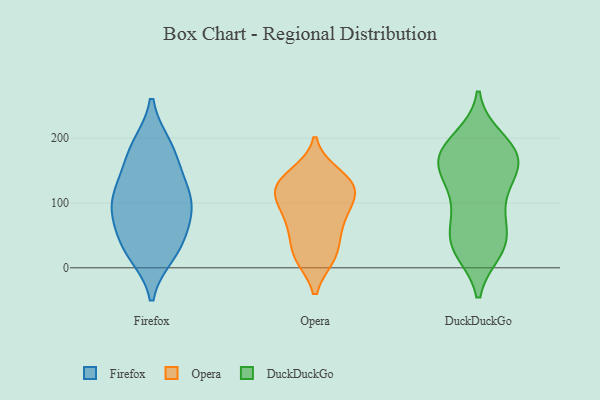
{"axis": {"x": "Latency (ms)", "y": "Value"}, "legend": ["DuckDuckGo", "Firefox", "Opera"], "data": [{"x": "", "y": 89, "type": "Firefox"}, {"x": "", "y": 139, "type": "Firefox"}, {"x": "", "y": 83, "type": "Firefox"}, {"x": "", "y": 106, "type": "Firefox"}, {"x": "", "y": 188, "type": "Firefox"}, {"x": "", "y": 22, "type": "Firefox"}, {"x": "", "y": 113, "type": "Firefox"}, {"x": "", "y": 35, "type": "Firefox"}, {"x": "", "y": 100, "type": "Firefox"}, {"x": "", "y": 161, "type": "Firefox"}, {"x": "", "y": 188, "type": "Firefox"}, {"x": "", "y": 55, "type": "Firefox"}, {"x": "", "y": 27, "type": "Firefox"}, {"x": "", "y": 106, "type": "Opera"}, {"x": "", "y": 18, "type": "Opera"}, {"x": "", "y": 57, "type": "Opera"}, {"x": "", "y": 80, "type": "Opera"}, {"x": "", "y": 127, "type": "Opera"}, {"x": "", "y": 17, "type": "Opera"}, {"x": "", "y": 124, "type": "Opera"}, {"x": "", "y": 144, "type": "Opera"}, {"x": "", "y": 18, "type": "Opera"}, {"x": "", "y": 112, "type": "Opera"}, {"x": "", "y": 88, "type": "Opera"}, {"x": "", "y": 137, "type": "Opera"}, {"x": "", "y": 126, "type": "Opera"}, {"x": "", "y": 59, "type": "Opera"}, {"x": "", "y": 164, "type": "DuckDuckGo"}, {"x": "", "y": 29, "type": "DuckDuckGo"}, {"x": "", "y": 175, "type": "DuckDuckGo"}, {"x": "", "y": 60, "type": "DuckDuckGo"}, {"x": "", "y": 136, "type": "DuckDuckGo"}, {"x": "", "y": 199, "type": "DuckDuckGo"}, {"x": "", "y": 163, "type": "DuckDuckGo"}, {"x": "", "y": 37, "type": "DuckDuckGo"}, {"x": "", "y": 151, "type": "DuckDuckGo"}, {"x": "", "y": 91, "type": "DuckDuckGo"}, {"x": "", "y": 27, "type": "DuckDuckGo"}, {"x": "", "y": 183, "type": "DuckDuckGo"}, {"x": "", "y": 194, "type": "DuckDuckGo"}, {"x": "", "y": 95, "type": "DuckDuckGo"}, {"x": "", "y": 46, "type": "DuckDuckGo"}, {"x": "", "y": 34, "type": "DuckDuckGo"}, {"x": "", "y": 162, "type": "DuckDuckGo"}, {"x": "", "y": 114, "type": "DuckDuckGo"}, {"x": "", "y": 164, "type": "DuckDuckGo"}]}